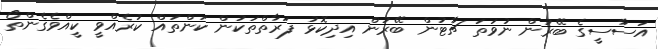
އަސާސީގެ ބޭރުން ނުވަތަ ޗާޓުން ބޭރުން އިދިކޮޅު ފަރާތްތަކުން ކަންތައް ކުރެއްވީ ކީއްވެގެންތޯ